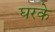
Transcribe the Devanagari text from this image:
घरके